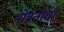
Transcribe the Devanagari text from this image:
भोवतीची